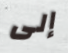
إلى